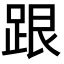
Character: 跟